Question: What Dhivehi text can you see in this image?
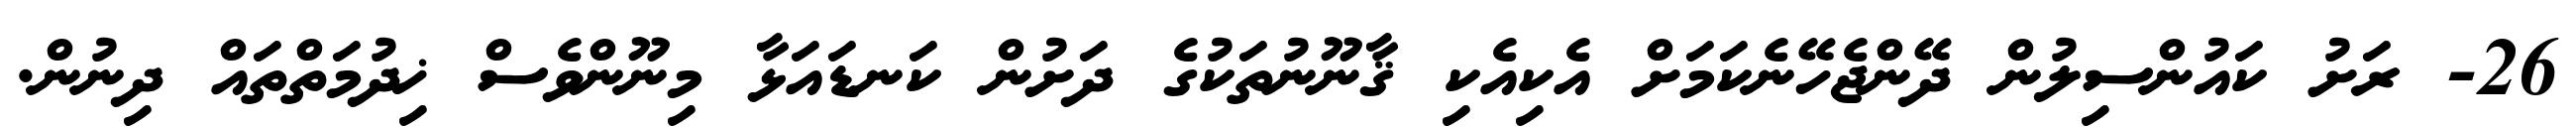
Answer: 26- ރަށު ކައުންސިލުން ދޭންޖެހޭނެކަމަށް އެކިއެކި ޤާނޫނުތަކުގެ ދަށުން ކަނޑައަޅާ މިނޫންވެސް ޚިދުމަތްތައް ދިނުން.